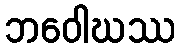
ဘဝေါဃဿ